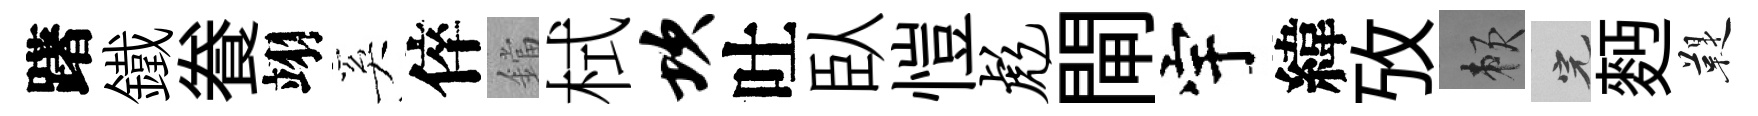
躇鐵飬翊奚倅鐺栻坎吐臥愷彪閘宇緯攷賴完麪鞮